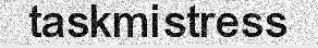
taskmistress